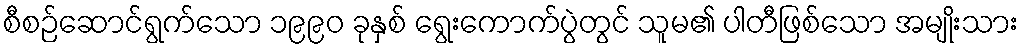
စီစဉ်ဆောင်ရွက်သော ၁၉၉၀ ခုနှစ် ရွေးကောက်ပွဲတွင် သူမ၏ ပါတီဖြစ်သော အမျိုးသား